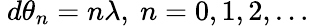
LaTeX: ~d\theta_{n}=n\lambda,~n=0,1,2,\ldots